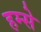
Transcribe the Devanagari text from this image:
हम्से